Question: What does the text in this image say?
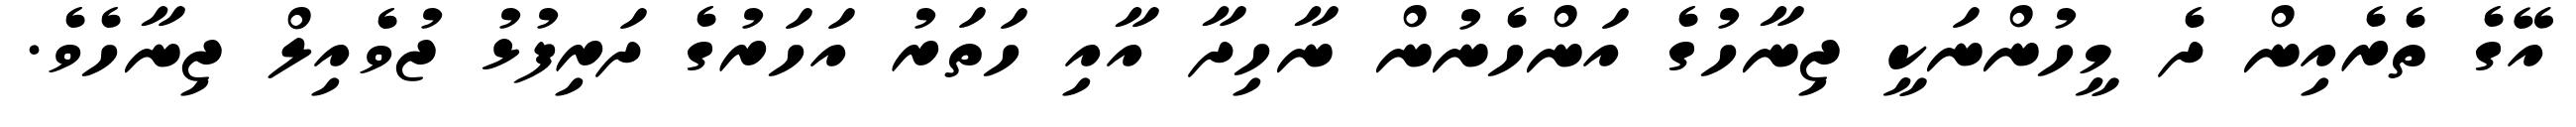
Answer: އޭގެ ތެރެއިން ދެ މީހުންނަކީ ޖިނާހުގެ އަންހެނުން ނާހިދާ އާއި ހަތަރު އަހަރުގެ ދަރިފުޅު ޖުވެއިލް ޖިނާހެވެ.